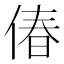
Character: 偆